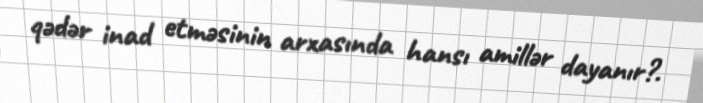
qədər inad etməsinin arxasında hansı amillər dayanır?.